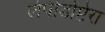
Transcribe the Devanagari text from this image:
लेपीडोप्टेरा